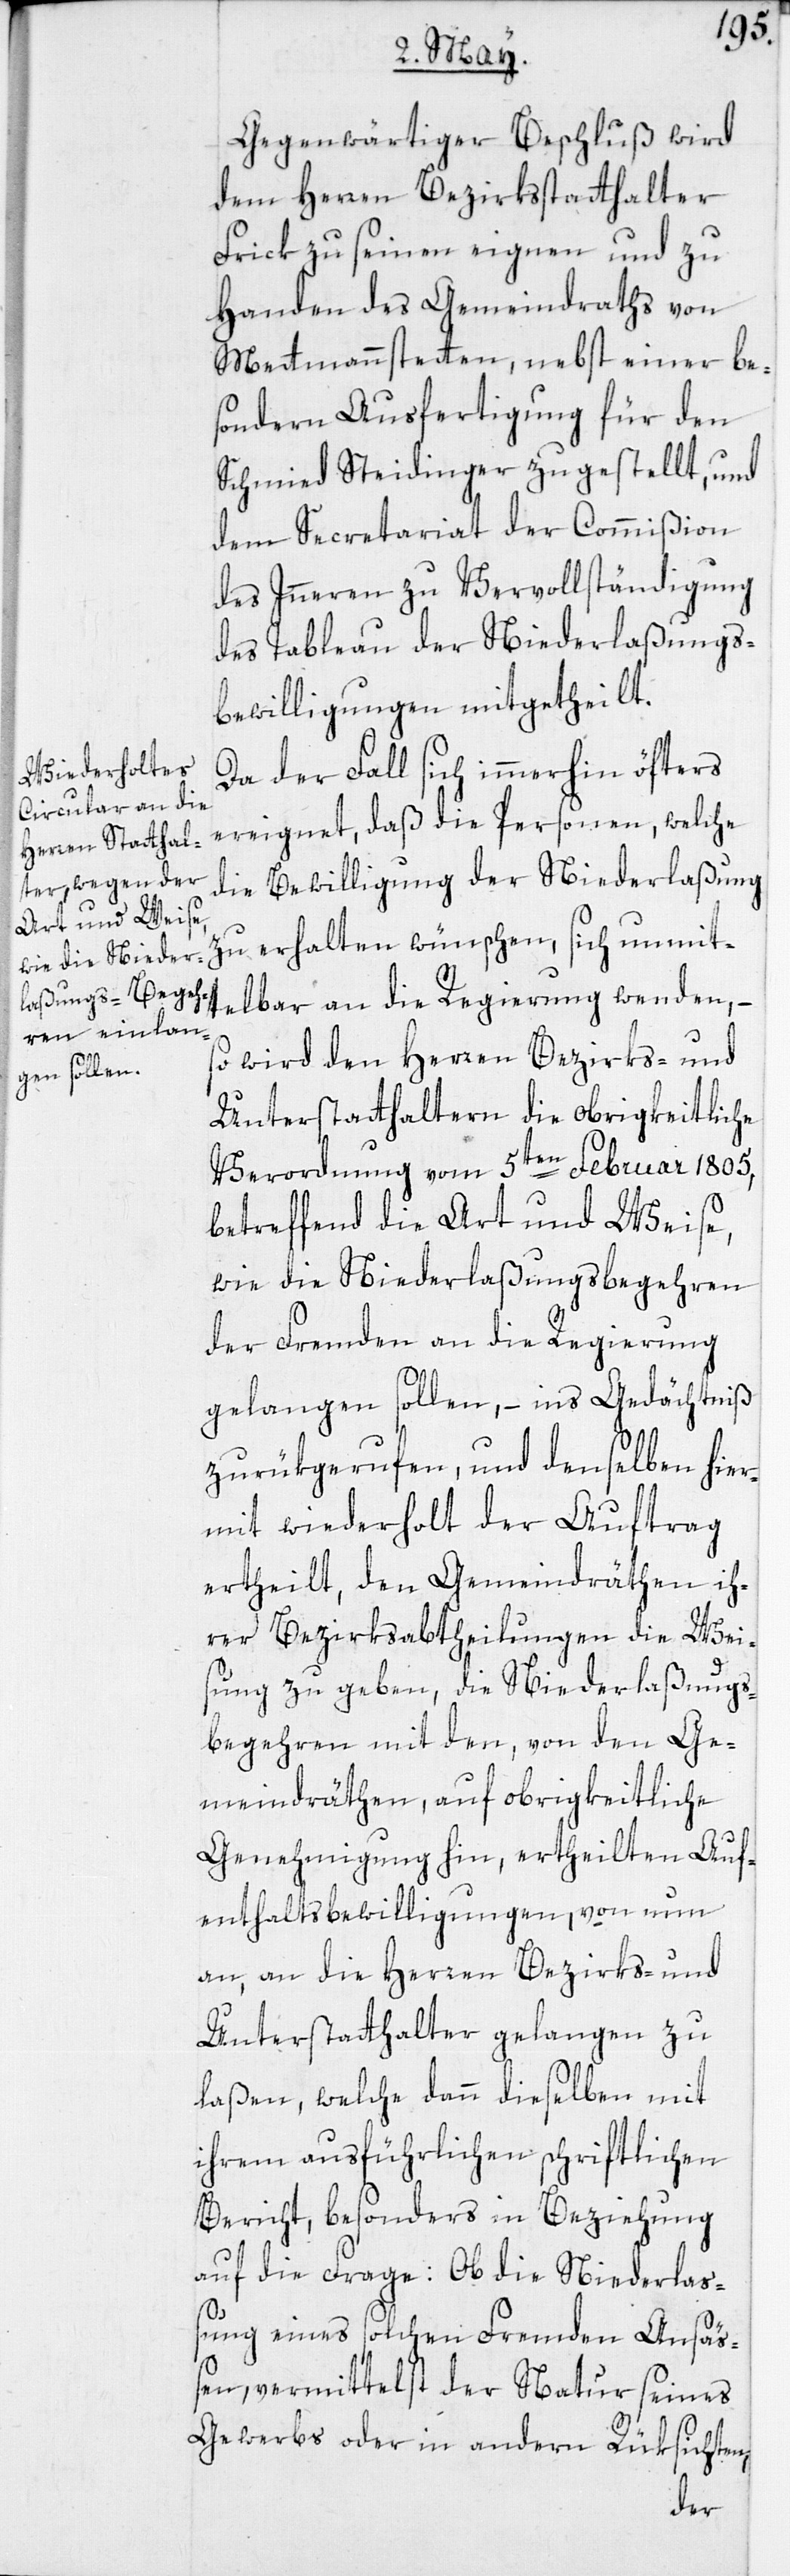
Gegenwärtiger Beschluß wird
dem Herren Bezirksstatthalter
Frick zu seinen eignen und zu
Handen des Gemeindraths von
Mettmannstetten, nebst einer be¬
sondern Ausfertigung für den
Schmied Steidinger zugestellt, und
dem Secretariat der Commißion
des Inneren zu Vervollständigung
des Tableau der Niederlaßungs¬
bewilligungen mitgetheilt.
Da der Fall sich immerhin öfters
ereignet, daß die Personen, welche
die Bewilligung der Niederlaßung
zu erhalten wünschen, sich unmitt¬
elbar an die Regierung wenden, –
so wird den Herren Bezirks- und
Unterstatthaltern die obrigkeitliche
Verordnung vom 5ten Februar 1805,
betreffend die Art und Weise,
wie die Niederlaßungsbegehren
der Fremden an die Regierung
gelangen sollen, – ins Gedächtniß
zurükgerufen, und denselben hier¬
mit wiederholt der Auftrag
ertheilt, den Gemeindräthen ih¬
rer Bezirksabtheilungen die Wei¬
sung zu geben, die Niederlaßungs¬
begehren mit den, von den Ge¬
meindräthen auf obrigkeitliche
Genehmigung hin, ertheilten Auf¬
enthaltsbewilligungen, von nun
an, an die Herren Bezirks- und
Unterstatthalter gelangen zu
laßen, welche dann dieselben mit
ihrem ausführlichen schriftlichen
Bericht, besonders in Beziehung
auf die Frage: Ob die Niederlas¬
sung eines solchen Fremden Ansäs¬
sen, vermittelst der Natur seines
Gewerbs oder in andern Rüksichten,